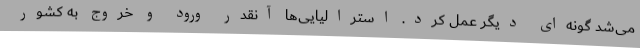
می‌شد گونه‌ای دیگر عمل کرد. استرالیایی‌ها آنقدر ورود و خروج به کشور